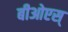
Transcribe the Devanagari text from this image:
बीओएस्